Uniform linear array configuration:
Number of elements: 48
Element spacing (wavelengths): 0.5
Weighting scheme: hamming
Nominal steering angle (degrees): -30
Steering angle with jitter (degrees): -29.623
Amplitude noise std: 0.05
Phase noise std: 0.05

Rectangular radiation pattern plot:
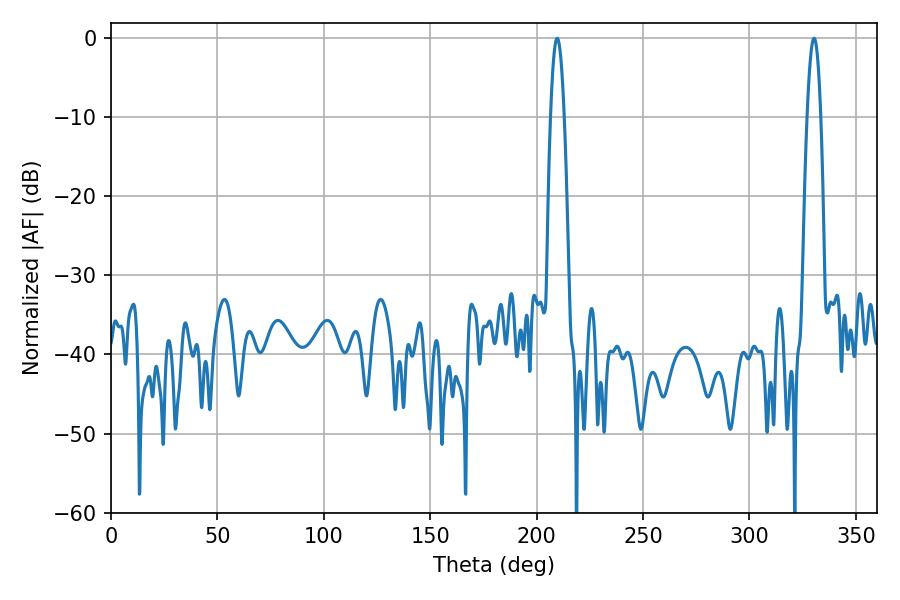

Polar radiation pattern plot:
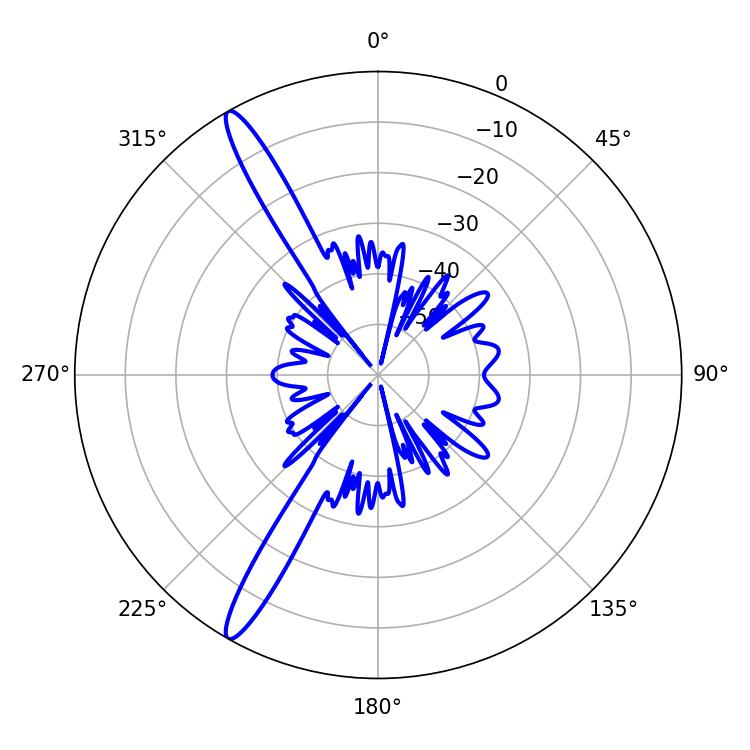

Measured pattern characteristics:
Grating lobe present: FALSE
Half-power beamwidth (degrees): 3.6
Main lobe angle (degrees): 209.7